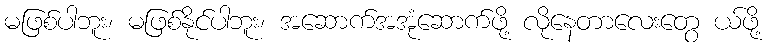
မဖြစ်ပါဘူး၊ မဖြစ်နိုင်ပါဘူး၊ အဆောက်အအုံဆောက်ဖို့ လိုနေတာလေးတွေ ယ်ဖို့